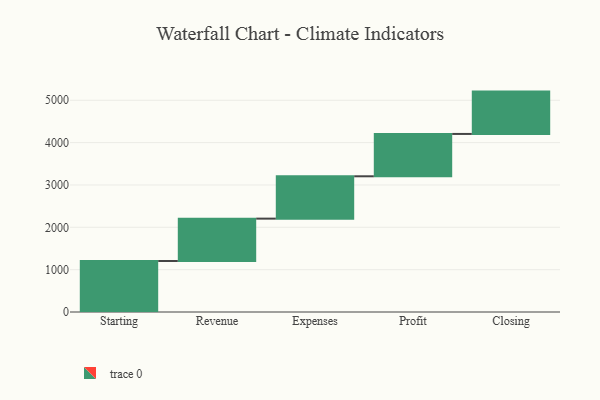
{"axis": {"x": "Step", "y": "Value"}, "legend": [""], "data": [{"x": "Starting", "y": 1205.0, "type": ""}, {"x": "Revenue", "y": 1000, "type": ""}, {"x": "Expenses", "y": 1000, "type": ""}, {"x": "Profit", "y": 1000, "type": ""}, {"x": "Closing", "y": 1000, "type": ""}]}